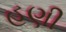
હણી